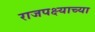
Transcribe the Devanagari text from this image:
राजपक्ष्याच्या